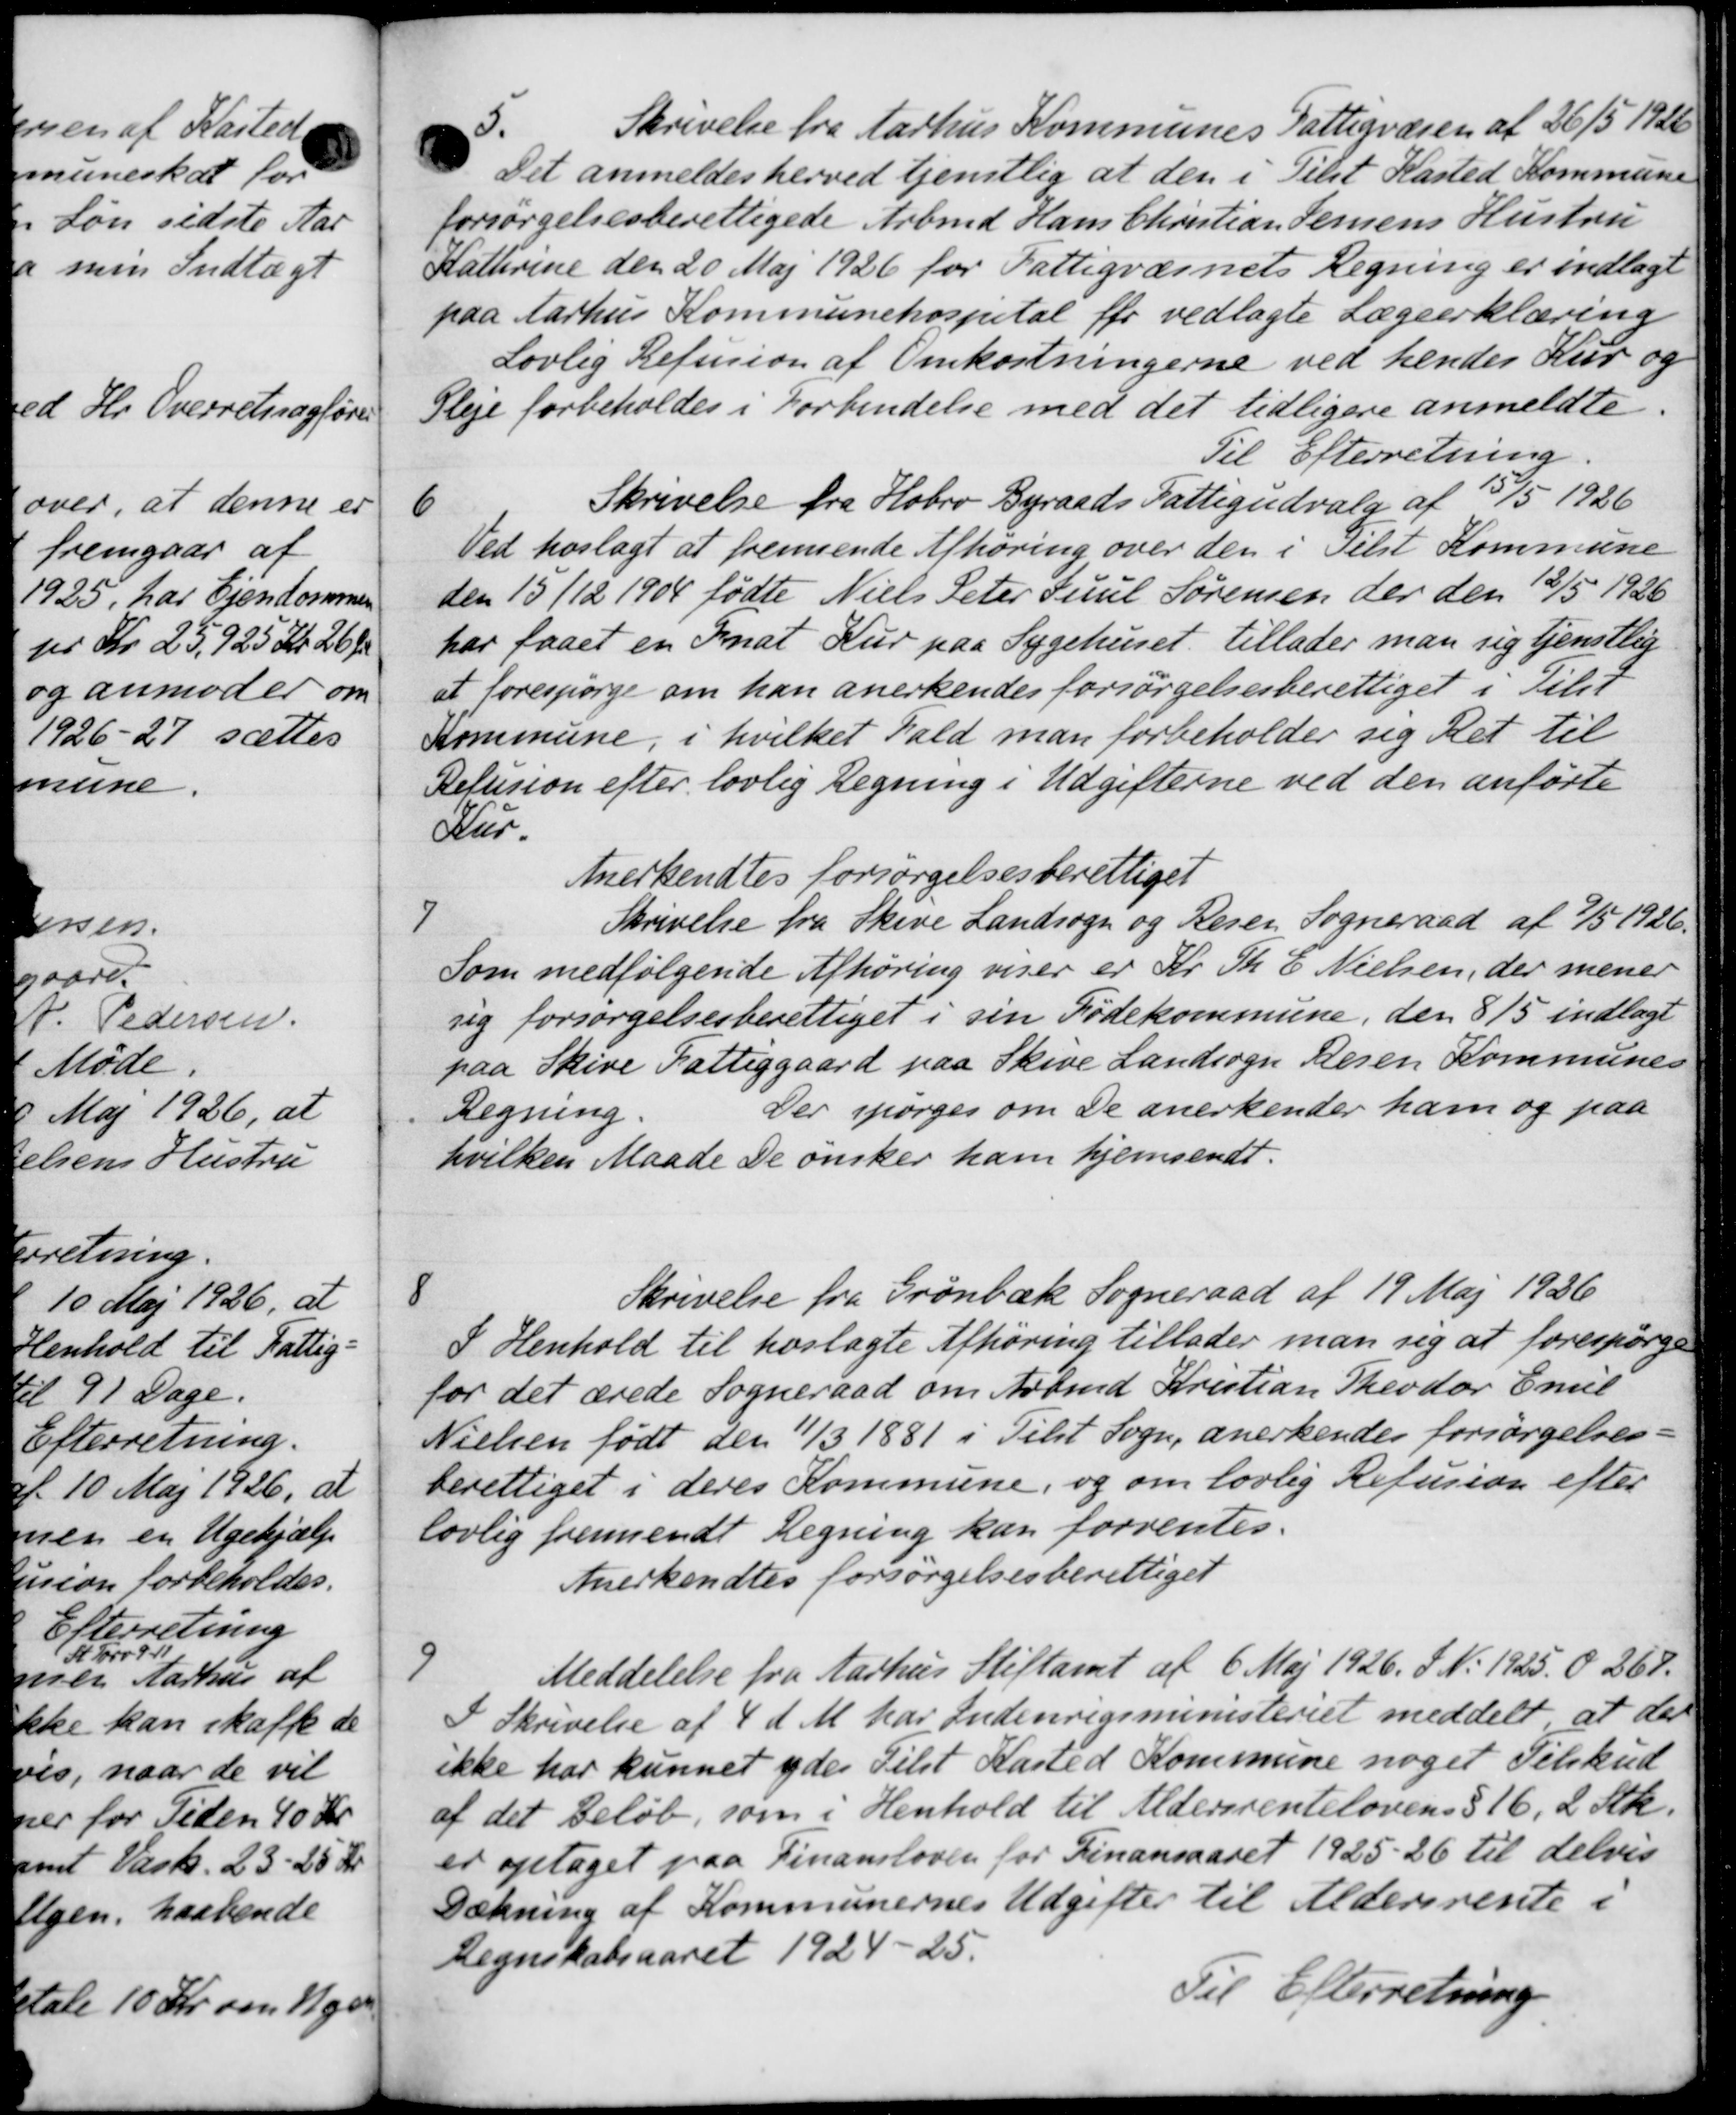
Transskription:
5.
Skrivelse fra Aarhus Kommunes Fattigvæsen af 26/5 1926
Det anmeldes herved tjenstlig at den i Tilst Kasted Kommune
forsørgelsesberettigede Arbmd. Hans Christian Jensens Hustru
Katterine den 20 Maj 1926 for Fattigvæsnets Regning er indlagt
paa Aarhus Kommunehospital før vedlagte Lægeerklæring
Lovlig Refusion af Omkostningerne ved hendes Kur og
Pleje forbeholdes i Forbindelse med det tidligere anmeldte.
Til Efterretning.
6
Skrivelse fra Hobro Byraads Fattigudvalg af 15/5 1926
Ved hoslagt at fremsende Afhøring over den i selst Kommune
den 15/12 1904 fødte Niels Peter Juul Sørensen der den 12/5 1926
har faaet en Inat Kur paa Sygehuset tillader man sig tjenstlig
at forespørge om han anerkendes forsørgelsesberettiget i Tilst
Kommune, i hvilket Fald man forbeholder sig Ret til
Refusion efter lovlig Regning i Udgifterne ved den anførte
Kur.
Anerkendtes forsørgelsesberettiget
7
Skrivelse fra Skive Landsogn og Resen Sogneraad af 7/5 1926.
Som medfølgende Afhøring viser er Kr. Th. E. Nielsen, der mener
sig forsørgelsesberettiget i sin Fødekommune, den 8/5 indlagt
paa Skive Fattiggaard paa Skive Landsogn Resen Kommunes
Regning
Der spørges om De anerkender ham og paa
hvilken Maade De ønsker ham hjemsendt.
8
Skrivelse fra Grønbæk Sogneraad af 19 Maj 1936
I Henhold til hoslagte Afhøring tillader man sig at forespørge
for det ærede Sogneraad om Arbmd Kristian Theodor Emil
Nielsen født den 11/3 1881 i Tilst Sogn, anerkendes forsørgelses-
berettiget i deres Kommune, og om lovlig Refusion efter
lovlig fremsendt Regning kan forrentes.
Anerkendtes forsørgelsesberettiget
9
Meddelelse fra Aarhus Stiftamt af 6 Maj 1926. S. No 1925 d 268.
I Skrivelse af 4 d. M. har Indenrigsministeriet meddelt at der
ikke har kunnet ydes Tilst Kasted Kommune noget Tilskud
af det Beløb, som i Henhold til Aldersrentelovens § 16, 2 Stk.
er optaget paa Finansloven for Finansaaret 1925-26 til delvis
Dækning af Kommunernes Udgifter til Aldersrente i
Regnskabsaaret 1924-25.
Til Efterretning